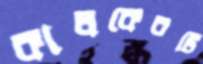
কালকেরটি